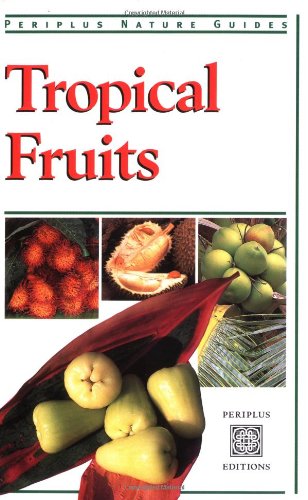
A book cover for Tropical Fruits (Periplus Nature Guides); Wendy Hutton; Science & Math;